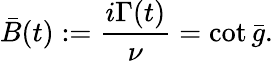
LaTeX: \bar{B}(t):=\frac{i\Gamma(t)}{\nu}=\cot\bar{g}.